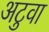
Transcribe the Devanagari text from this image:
अटुवा